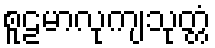
စူဠမာလုကျသုတ္တံ